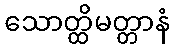
သောတ္ထိမတ္တာနံ